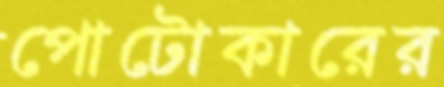
পোটোকারের